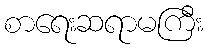
စာရေးဆရာမကြီး